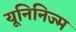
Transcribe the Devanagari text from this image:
यूनिनिज्म